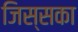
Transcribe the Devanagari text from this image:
जिस्सका